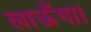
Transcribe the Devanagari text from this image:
लाऊँगा।